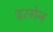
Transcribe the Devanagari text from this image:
इरगेन